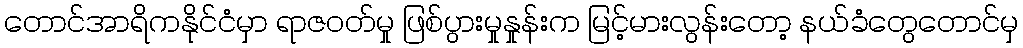
တောင်အာရိကနိုင်ငံမှာ ရာဇဝတ်မှု ဖြစ်ပွားမှုနှုန်းက မြင့်မားလွန်းတော့ နယ်ခံတွေတောင်မှ